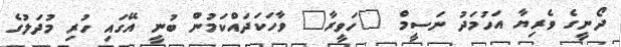
ދޯނީގެ ވެރިޔާ އަހުމަދު ނަސީމް "ހަވީރާ" ވާހަކަދައްކަމުން ބުނީ އޭގައި ހުރި މުދަލުގެ